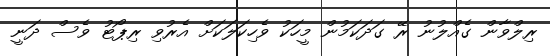
ރިލްވާން ގެއްލުނު ރޭ ގަދަކަމުން މީހަކު ވެހިކަލަކަށް އެރުވި ރިޕޯޓު ވެސް ދަނީ